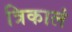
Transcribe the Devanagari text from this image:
त्रिकालं